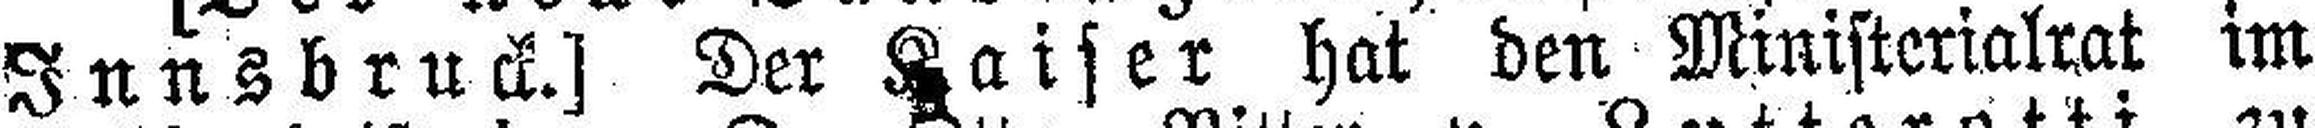
Innsbruck.] Der Kaiser hat den Ministerialrat im